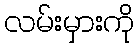
လမ်းမှားကို